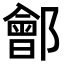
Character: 𨞤